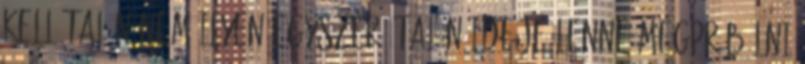
kell Talán nem ilyen egyszerű Talán ideje lenne megpróbálni